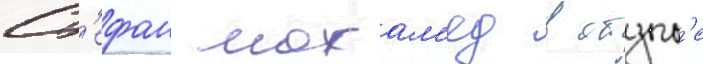
Ст'ефан мохам'ед в отзыв'е